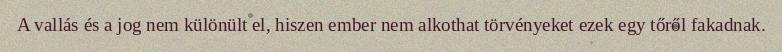
A vallás és a jog nem különült el, hiszen ember nem alkothat törvényeket ezek egy tőről fakadnak.